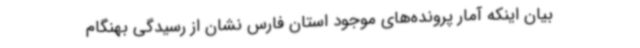
بیان اینکه آمار پرونده‌های موجود استان فارس نشان از رسیدگی بهنگام